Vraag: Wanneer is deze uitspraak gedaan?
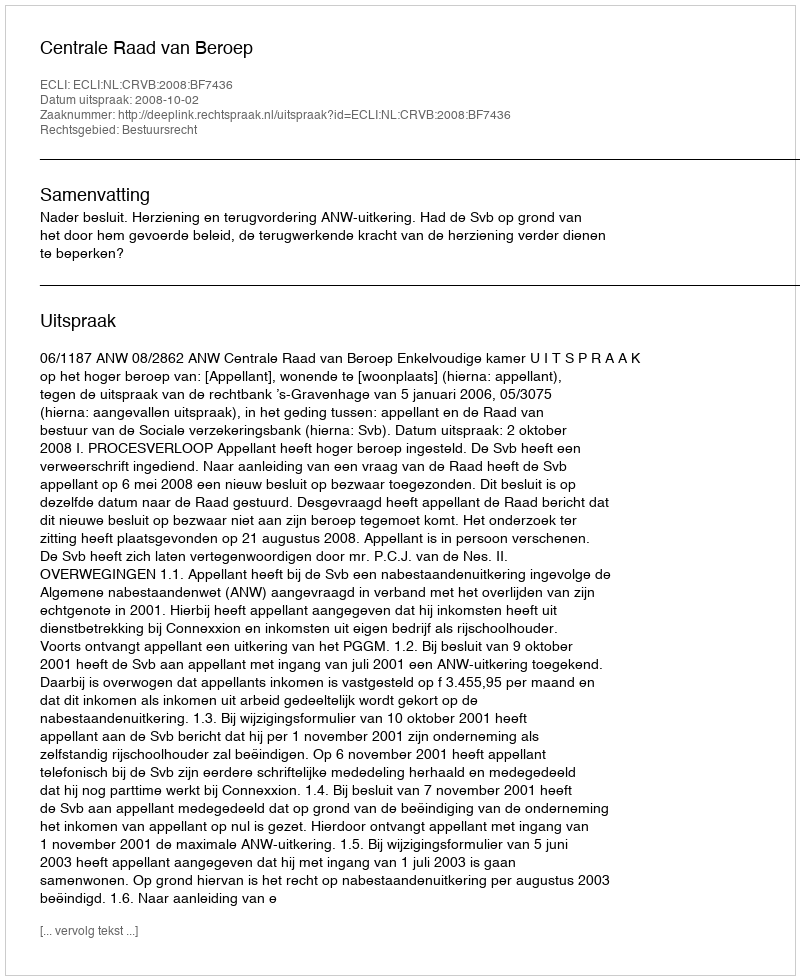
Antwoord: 2008-10-02